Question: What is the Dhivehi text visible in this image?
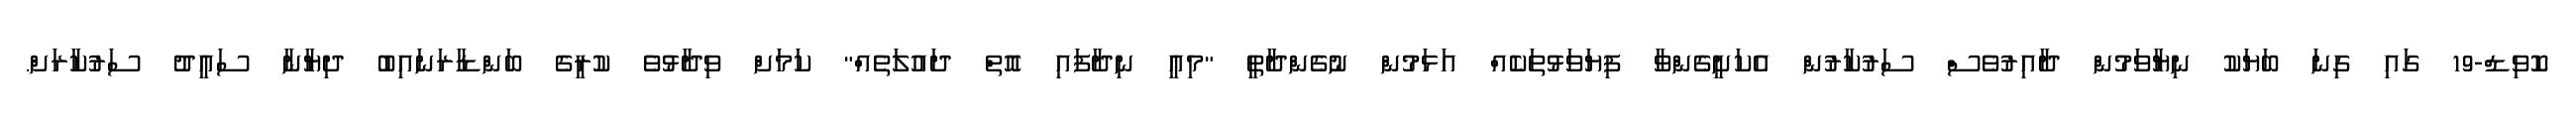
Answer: ކޮވިޑް-19 ގައި ގިނަ ބަޔަކު ނިޔާވަމުން ދާއިރުވެސް ސަރުކާރުން އެކަށީގެންވާ ފިޔަވަޅުތަކެއް އަޅަމުން ނުގެންދާތީ "މިއީ ނިދާފައި އޮތް ދައުލަތެއް" ކަމަށް ވިދާޅުވެ ކުރީގެ ބަންޑާރަނައިބު ދިޔާނާ ސައީދު ސަރުކާރަށް.